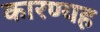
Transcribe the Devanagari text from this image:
कारण्यह